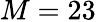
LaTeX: M=23